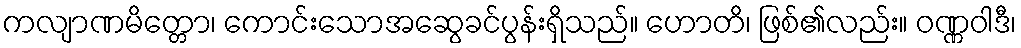
ကလျာဏမိတ္တော၊ ကောင်းသောအဆွေခင်ပွန်းရှိသည်။ ဟောတိ၊ ဖြစ်၏လည်း။ ဝဏ္ဏဝါဒီ၊